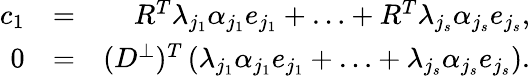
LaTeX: \begin{array}{rlr}{c_{1}}&{=}&{R^{T}\lambda_{j_{1}}\alpha_{j_{1}}e_{j_{1}}+\ldots+R^{T}\lambda_{j_{s}}\alpha_{j_{s}}e_{j_{s}},}\\ {0}&{=}&{(D^{\perp})^{T}\left(\lambda_{j_{1}}\alpha_{j_{1}}e_{j_{1}}+\ldots+\lambda_{j_{s}}\alpha_{j_{s}}e_{j_{s}}\right).}\end{array}